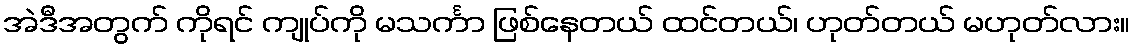
အဲဒီအတွက် ကိုရင် ကျုပ်ကို မသင်္ကာ ဖြစ်နေတယ် ထင်တယ်၊ ဟုတ်တယ် မဟုတ်လား။